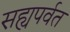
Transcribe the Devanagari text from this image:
सह्यपर्वत